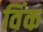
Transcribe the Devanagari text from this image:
विंक